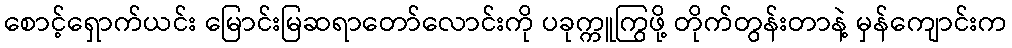
စောင့်ရှောက်ယင်း မြောင်းမြဆရာတော်လောင်းကို ပခုက္ကူကြွဖို့ တိုက်တွန်းတာနဲ့ မှန်ကျောင်းက